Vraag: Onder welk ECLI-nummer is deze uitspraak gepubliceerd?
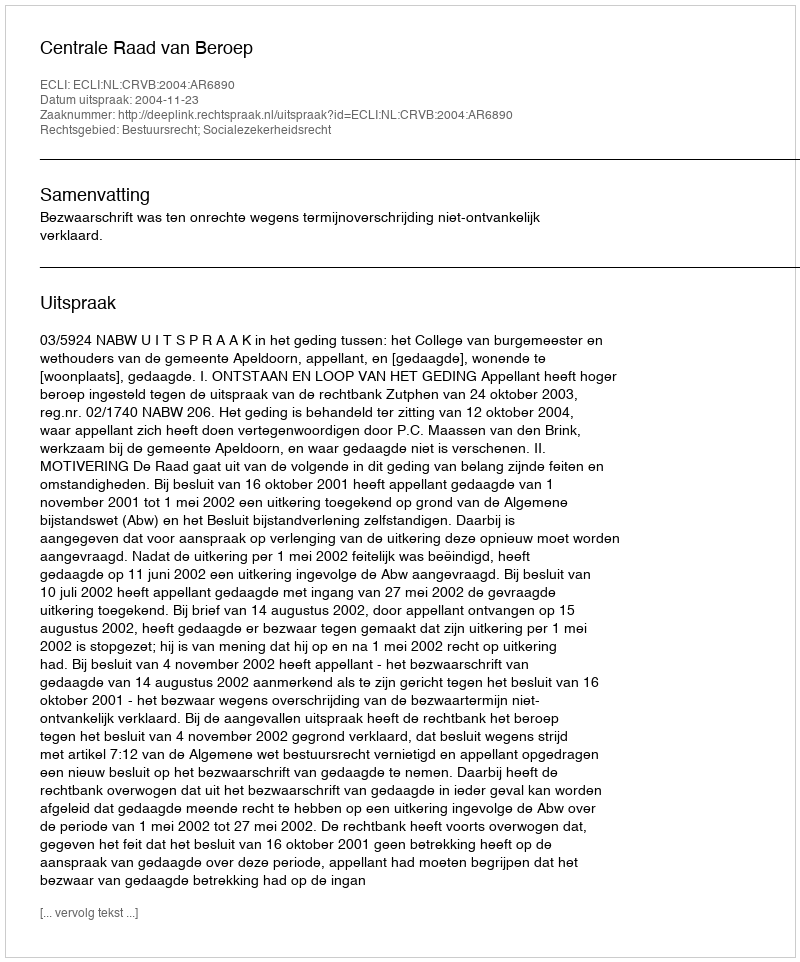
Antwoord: ECLI:NL:CRVB:2004:AR6890